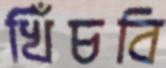
খিঁচবি